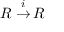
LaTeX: R \; { \stackrel { i } { \to } } \, R